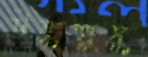
উষ্কখুষ্ক